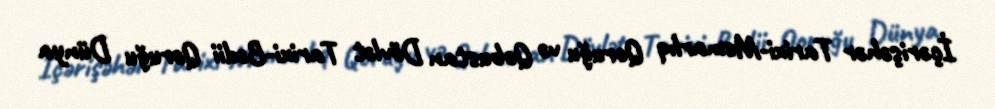
İçərişəhər Tarixi-Memarlıq Qoruğu və Qobustan Dövlət Tarixi-Bədii Qoruğu Dünya